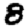
Digit: 8